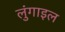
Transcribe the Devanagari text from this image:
लुंगाइल